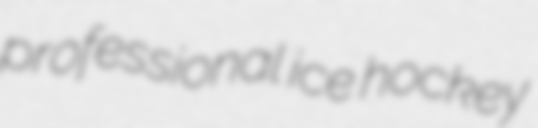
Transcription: professional ice hockey